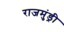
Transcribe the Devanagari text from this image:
राजमुंड्री